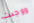
ووجدت